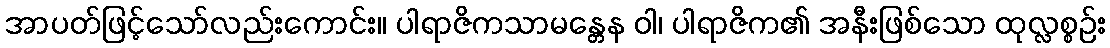
အာပတ်ဖြင့်သော်လည်းကောင်း။ ပါရာဇိကသာမန္တေန ဝါ၊ ပါရာဇိက၏ အနီးဖြစ်သော ထုလ္လစ္စဉ်း